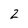
Character: 2